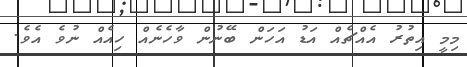
މިމީ އިތުރު އެއްޗެއް އަޑު އަހަން ބޭނުން ވާހެނެއް ހިއެއް ނުވެ އެވެ.